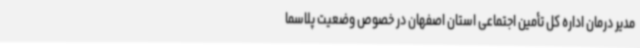
مدیر درمان اداره کل تأمین اجتماعی استان اصفهان در خصوص وضعیت پلاسما